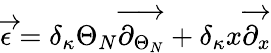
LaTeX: \overrightarrow{\epsilon}=\delta_{\kappa}\Theta_{N}\overrightarrow{\partial_{\Theta_{N}}}+\delta_{\kappa}x\overrightarrow{\partial_{x}}